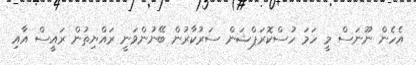
އެހެން ނޫނަސް މީ ހަމަ ހުސްކޮރަޕްޝަން ސަރުކާރުން ބޭނުންވަނީ ރައްޔިތުން ރައީސް އާއި